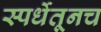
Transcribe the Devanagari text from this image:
स्पर्धेतूनच